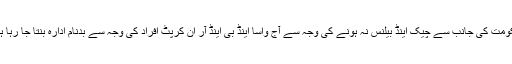
حکومت کی جانب سے چیک اینڈ بیلنس نہ ہونے کی وجہ سے آج واسا اینڈ بی اینڈ آر ان کرپٹ افراد کی وجہ سے بدنام ادارہ بنتا جا رہا ہے۔